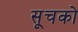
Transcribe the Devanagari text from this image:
सूचको